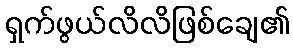
ရှက်ဖွယ်လိလိဖြစ်ချေ၏